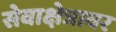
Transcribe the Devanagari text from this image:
सेवाक्षेत्रावर